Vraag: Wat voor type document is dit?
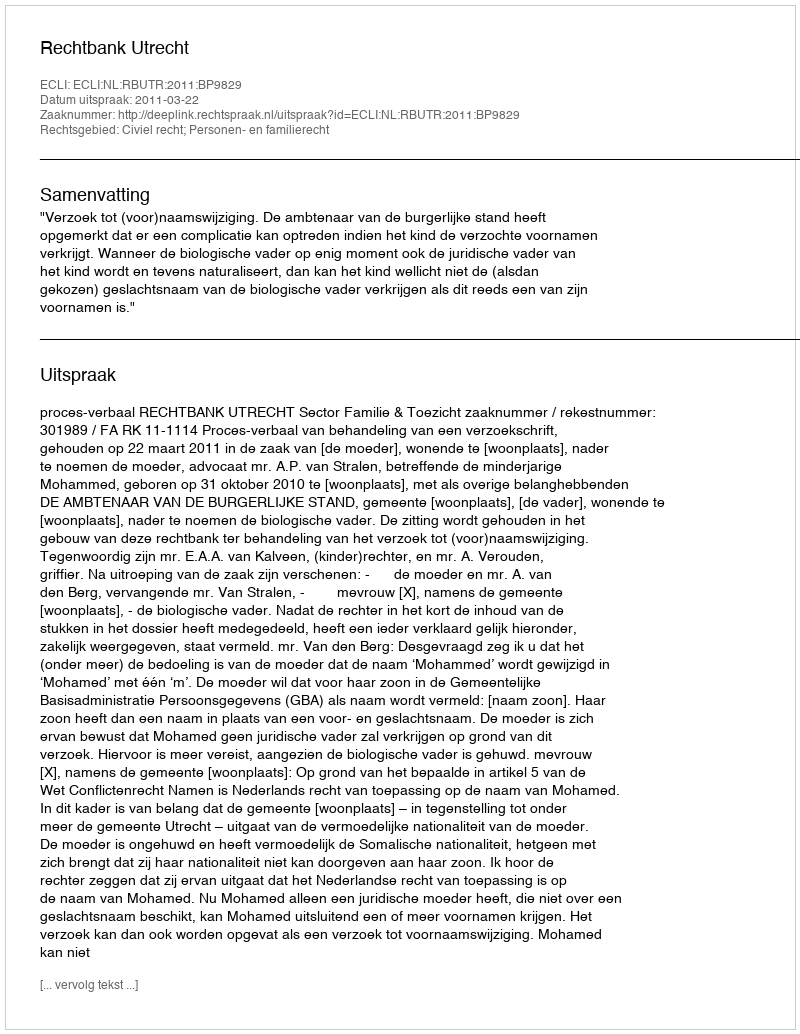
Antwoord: Uitspraak